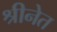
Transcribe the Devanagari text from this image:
श्रीनेत